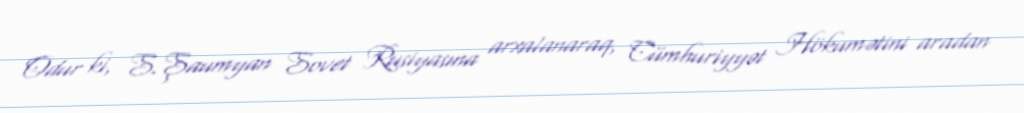
Odur ki, S.Şaumyan Sovet Rusiyasına arxalanaraq, Cümhuriyyət Hökumətini aradan